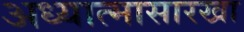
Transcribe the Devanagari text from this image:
अध्यात्मासारखा